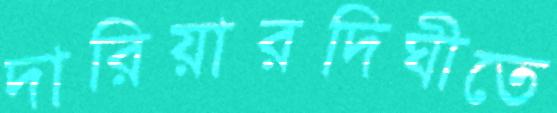
দারিয়ারদিঘীতে